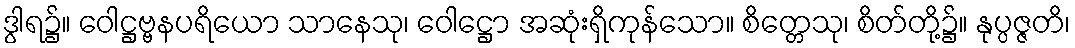
ဒွါရ၌။ ဝေါဋ္ဌဗ္ဗနပရိယော သာနေသု၊ ဝေါဋ္ဌော အဆုံးရှိကုန်သော။ စိတ္တေသု၊ စိတ်တို့၌။ နုပ္ပဇ္ဇတိ၊